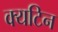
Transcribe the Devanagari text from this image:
क्यटिन